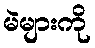
မဲများကို